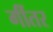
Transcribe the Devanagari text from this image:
गींतर